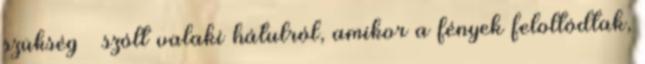
szükség – szólt valaki hátulról, amikor a fények feloltódtak,